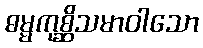
ဓမ္မကုစ္ဆိသမာဝါသော